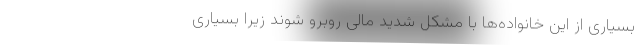
بسیاری از این خانواده‌ها با مشکل شدید مالی روبرو شوند زیرا بسیاری